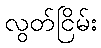
လွတ်ငြိမ်း